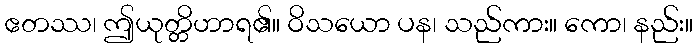
ဧတဿ၊ ဤယုတ္တိဟာရ၏။ ဝိသယော ပန၊ သည်ကား။ ကော၊ နည်း။